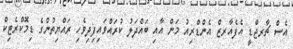
އެސް ޗާރޖްޑީ އެފެއާރޒް އެންޑްރިއު މަން އާއި ބައްދަލު ކުރައްވައިފިދިވެހި ރައްޔިތުންގެ ޑިމޮކްރެޓިކް